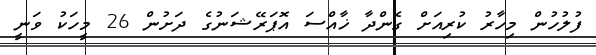
ފުލުހުން މިހާރު ކުރިއަށް ގެންދާ ޚާއްސަ އޮޕަރޭޝަނުގެ ދަށުން 26 މީހަކު ވަނީ